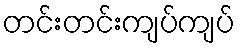
တင်းတင်းကျပ်ကျပ်